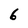
Character: 6